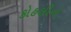
કોહલીનો